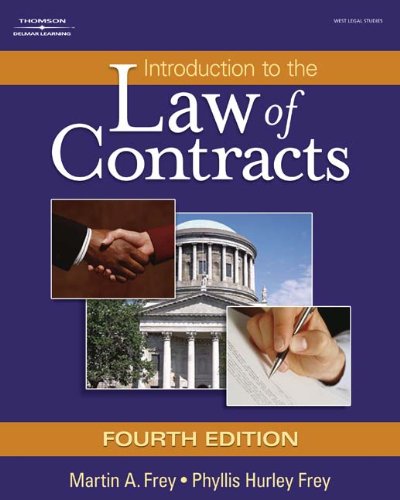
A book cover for Introduction to the Law of Contracts (West Legal Studies); Martin A. Frey; Law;